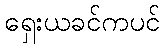
ရှေးယခင်ကပင်